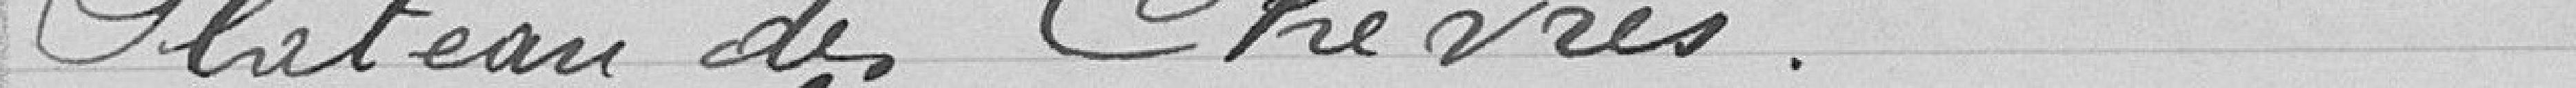
plateau des chèvres